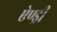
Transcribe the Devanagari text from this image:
ऐण्ड्री